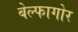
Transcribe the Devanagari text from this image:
बेल्फागोर